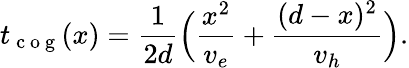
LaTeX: {t_{\mathrm{~c~o~g~}}}(x)=\frac{1}{2d}\Big(\frac{x^{2}}{v_{e}}+\frac{(d-x)^{2}}{v_{h}}\Big).